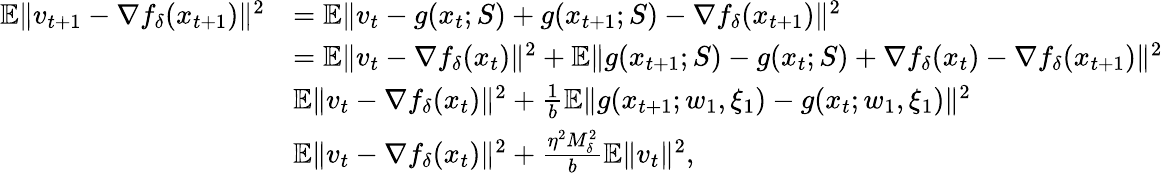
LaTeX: \begin{array}{rl}{{\mathbb{E}}\Vert v_{t+1}-\nabla f_{\delta}(x_{t+1})\Vert^{2}}&{={\mathbb{E}}\Vert v_{t}-g(x_{t};S)+g(x_{t+1};S)-\nabla f_{\delta}(x_{t+1})\Vert^{2}}\\ &{={\mathbb{E}}\Vert v_{t}-\nabla f_{\delta}(x_{t})\Vert^{2}+{\mathbb{E}}\Vert g(x_{t+1};S)-g(x_{t};S)+\nabla f_{\delta}(x_{t})-\nabla f_{\delta}(x_{t+1})\Vert^{2}}\\ &{\le{\mathbb{E}}\Vert v_{t}-\nabla f_{\delta}(x_{t})\Vert^{2}+\frac{1}{b}{\mathbb{E}}\Vert g(x_{t+1};w_{1},\xi_{1})-g(x_{t};w_{1},\xi_{1})\Vert^{2}}\\ &{\le{\mathbb{E}}\Vert v_{t}-\nabla f_{\delta}(x_{t})\Vert^{2}+\frac{\eta^{2}M_{\delta}^{2}}{b}{\mathbb{E}}\Vert v_{t}\Vert^{2},}\end{array}